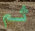
ثم